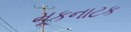
મૂકનાટક